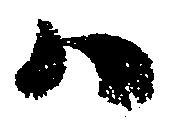
ハ